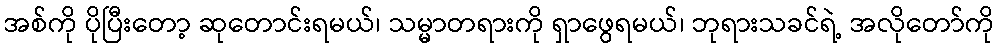
အစ်ကို ပိုပြီးတော့ ဆုတောင်းရမယ်၊ သမ္မာတရားကို ရှာဖွေရမယ်၊ ဘုရားသခင်ရဲ့ အလိုတော်ကို